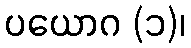
ပယောဂ (၁)၊